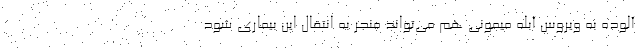
آلوده به ویروس آبله میمونی هم می‌تواند منجر به انتقال این بیماری شود